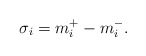
\begin{align*}\sigma_i = m^+_i - m^-_i.\end{align*}